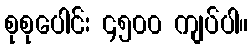
စုစုပေါင်း ၄၅၀၀ ကျပ်ပါ။